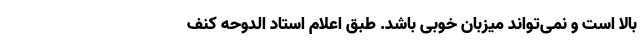
بالا است و نمی‌تواند میزبان خوبی باشد. طبق اعلام استاد الدوحه کنف